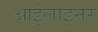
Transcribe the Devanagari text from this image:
आईलाइनर